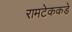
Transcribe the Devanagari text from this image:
रामटेककडे